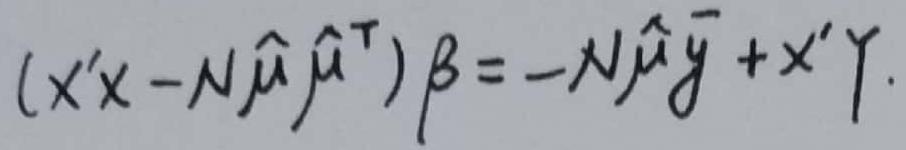
$(X'X - N\hat{\mu}\hat{\mu}^\top)\beta = - N\hat{\mu}\bar{y} + X'Y$